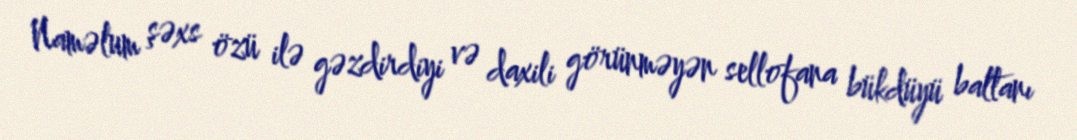
Naməlum şəxs özü ilə gəzdirdiyi və daxili görünməyən sellofana bükdüyü baltanı